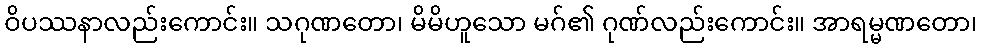
ဝိပဿနာလည်းကောင်း။ သဂုဏတော၊ မိမိဟူသော မဂ်၏ ဂုဏ်လည်းကောင်း။ အာရမ္မဏတော၊